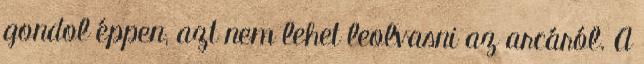
gondol éppen, azt nem lehet leolvasni az arcáról. A